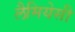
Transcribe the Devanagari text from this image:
लैमियेसी